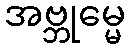
အဗ္ဘုမ္မေ